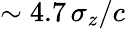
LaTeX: \sim 4.7\, \sigma_{z}/c